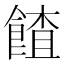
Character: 餷